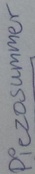
Text: Piezosummer